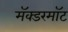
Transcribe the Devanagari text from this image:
मॅक्डरमॉट